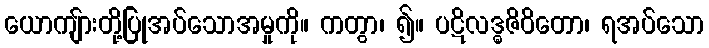
ယောကျ်ားတို့ပြုအပ်သောအမှုကို။ ကတွာ၊ ၍။ ပဋိလဒ္ဓဇိဝိတော၊ ရအပ်သော